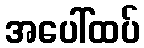
အပေါ်ထပ်